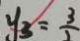
y _ { 3 } = \frac { 3 } { 1 }